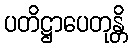
ပတိဋ္ဌာပေတုန္တိ